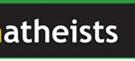
atheists